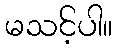
မသင့်ပါ။